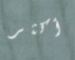
أكثر